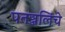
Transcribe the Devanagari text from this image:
पतञ्जलिंचे